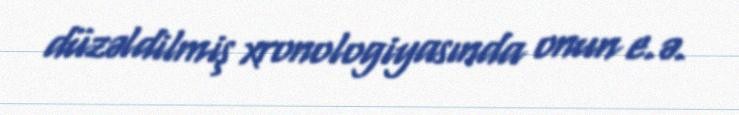
düzəldilmiş xronologiyasında onun e.ə.